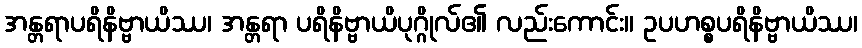
အန္တရာပရိနိဗ္ဗာယိဿ၊ အန္တရာ ပရိနိဗ္ဗာယိပုဂ္ဂိုလ်၏ လည်းကောင်း။ ဥပဟစ္စပရိနိဗ္ဗာယိဿ၊